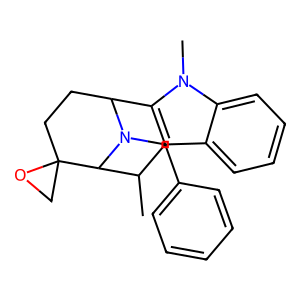
SMILES: CC1c2c(n(C)c3ccccc23)C2CCC3(CO3)C1N2Cc1ccccc1
Inhibits HIV replication: No